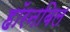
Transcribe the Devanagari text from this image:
हॉरनबिल